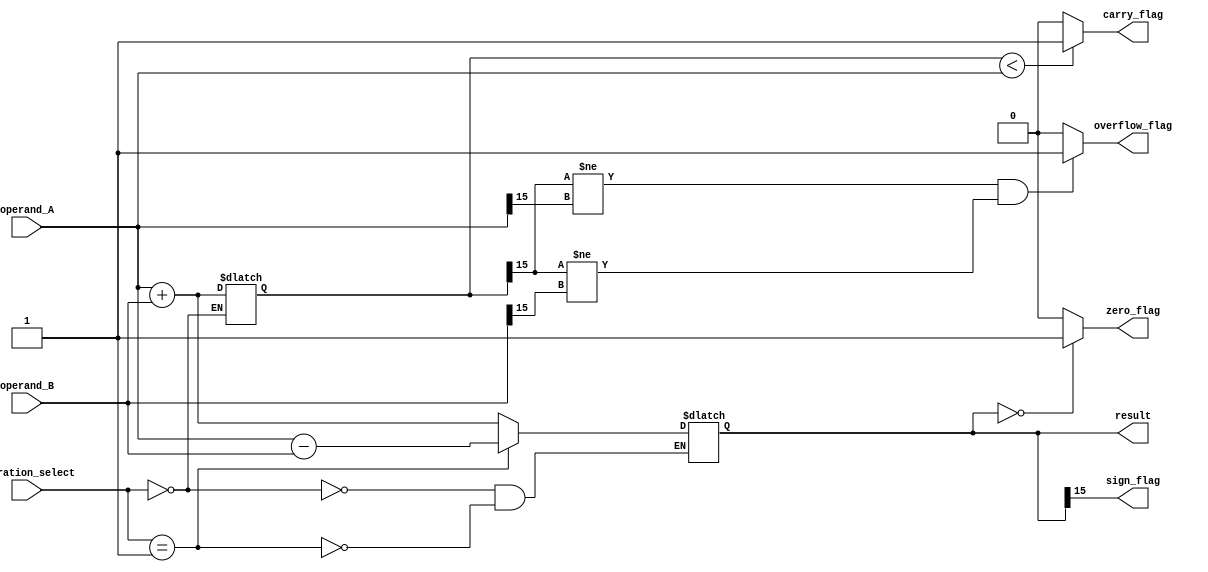
module ALU (
    input [15:0] operand_A,
    input [15:0] operand_B,
    input [2:0] operation_select,
    output reg [15:0] result,
    output reg overflow_flag,
    output reg carry_flag,
    output reg zero_flag,
    output reg sign_flag
);

// Arithmetic blocks
reg [15:0] add_result, sub_result;

// Logical elements
reg [15:0] and_result, or_result, xor_result;

// Perform arithmetic operations
always @(*)
begin
    case(operation_select)
        3'b000: // Addition
            begin
                add_result = operand_A + operand_B;
                result = add_result;
            end
        3'b001: // Subtraction
            begin
                sub_result = operand_A - operand_B;
                result = sub_result;
            end
    endcase
end

// Perform logical operations
always @(*)
begin
    and_result = operand_A & operand_B;
    or_result = operand_A | operand_B;
    xor_result = operand_A ^ operand_B;
end

// Generate flags
always @(*)
begin
    overflow_flag = (add_result[15] != operand_A[15] && add_result[15] != operand_B[15]) ? 1 : 0;
    carry_flag = (add_result < operand_A) ? 1 : 0;
    zero_flag = (result == 0) ? 1 : 0;
    sign_flag = result[15];
end

endmodule